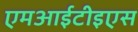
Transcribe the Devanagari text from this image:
एमआईटीइएस